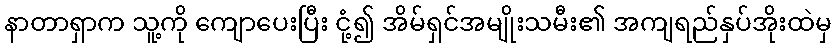
နာတာရှာက သူ့ကို ကျောပေးပြီး ငုံ့၍ အိမ်ရှင်အမျိုးသမီး၏ အကျရည်နှပ်အိုးထဲမှ